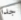
جدا